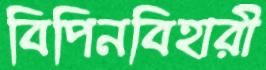
বিপিনবিহারী